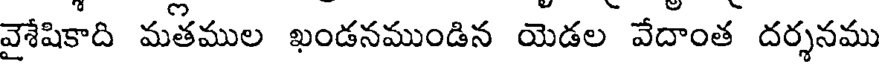
వైశేషికాది మతముల ఖండనముండిన యెడల వేదాంత దర్శనము